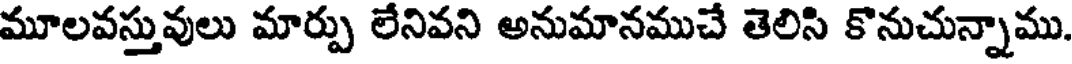
మూలవస్తువులు మార్పు లేనివని అనుమానముచే తెలిసి కొనుచున్నాము.